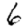
Digit: 6